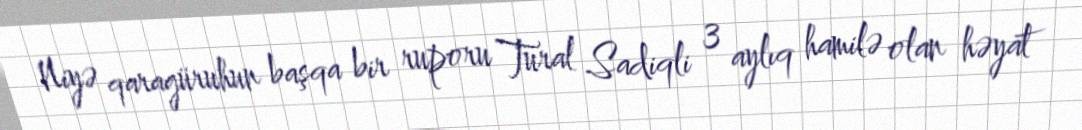
Niyə qaragüruhun başqa bir ruporu Tural Sadiqli 3 aylıq hamilə olan həyat